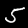
Digit: 5